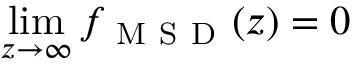
\operatorname* { l i m } _ { z \to \infty } f _ { \mathrm { ~ M ~ S ~ D ~ } } ( z ) = 0